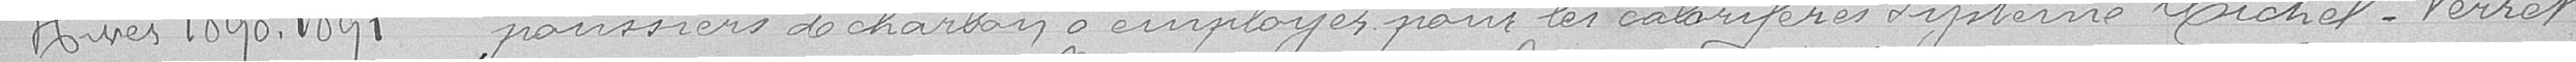
poussiers de charbon à employer pour les calorifères Système Michel-Perrot